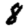
Digit: 8